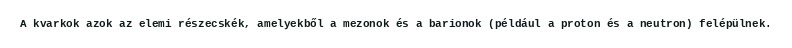
A kvarkok azok az elemi részecskék, amelyekből a mezonok és a barionok (például a proton és a neutron) felépülnek.